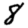
Digit: 8